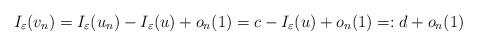
LaTeX: \begin{align*}I_{\varepsilon}(v_{n})=I_{\varepsilon}(u_{n})-I_{\varepsilon}(u)+o_{n}(1)=c - I_{\varepsilon}(u)+o_{n}(1)=:d +o_{n}(1)\end{align*}